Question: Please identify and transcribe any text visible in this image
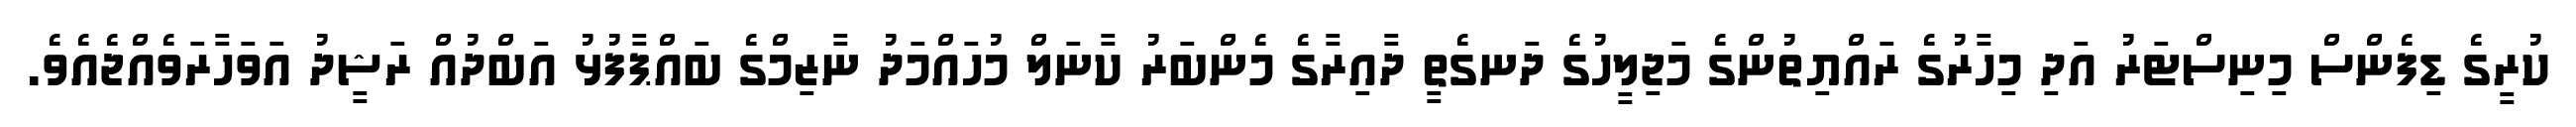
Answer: ކުރީގެ ޑިފެންސް މިނިސްޓަރު އަދި މިހާރުގެ ރައްޔިތުންގެ މަޖިލީހުގެ ދަނގެތީ ދާއިރާގެ މެންބަރު ކާނަލް މުހައްމަދު ނާޒިމްގެ ބައްޕާފުޅު އަބްދުއް ރަޝީދު އަވަހާރަވެއްޖެއެވެ.